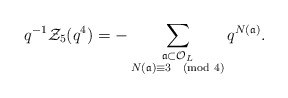
\begin{align*} q^{-1}\mathcal{Z}_5(q^4) = -\sum_{\substack{\frak{a} \subset \mathcal{O}_{L} \\ N(\frak{a}) \equiv 3 \pmod{4}}} q^{N(\frak{a})}. \end{align*}